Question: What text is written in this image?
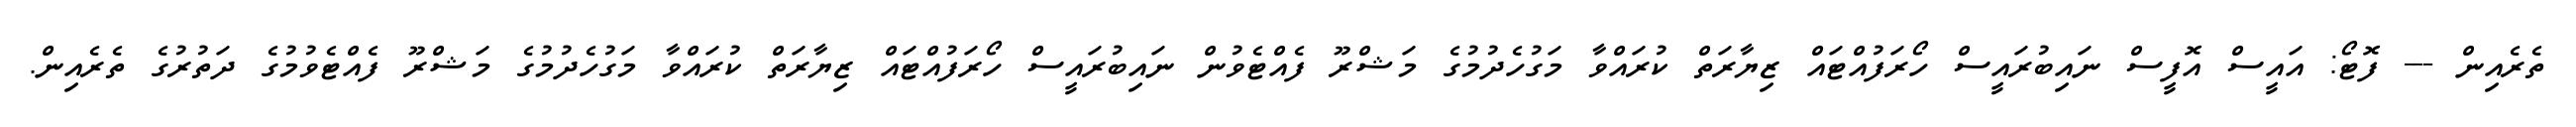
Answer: ތެރެއިން --- ފޮޓޯ: އައީސް އޮފީސް ނައިބުރައީސް ހޯރަފުއްޓައް ޒިޔާރަތް ކުރައްވާ މަގުހެދުމުގެ މަޝްރޫ ފެއްޓެވުން ނައިބުރައީސް ހޯރަފުއްޓައް ޒިޔާރަތް ކުރައްވާ މަގުހެދުމުގެ މަޝްރޫ ފެއްޓެވުމުގެ ދަތުރުގެ ތެރެއިން.